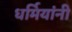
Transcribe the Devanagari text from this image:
धर्मियांनी